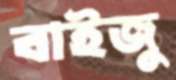
বাইজু